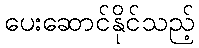
ပေးဆောင်နိုင်သည့်